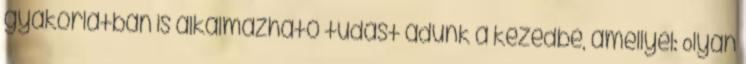
gyakorlatban is alkalmazható tudást adunk a kezedbe, amellyel: Olyan